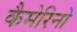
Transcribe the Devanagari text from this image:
कैमेरिनो